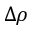
\Delta \rho